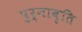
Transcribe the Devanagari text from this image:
पुर्नावृति